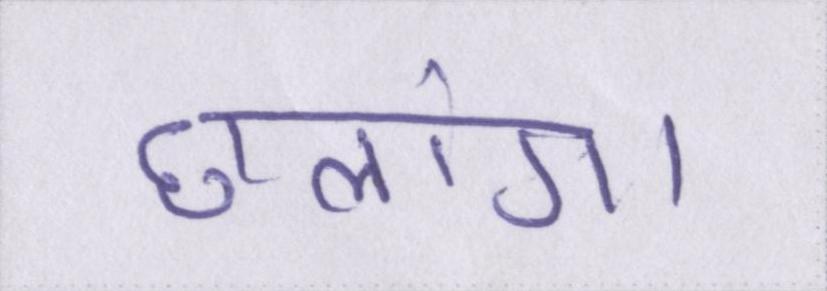
छलांग।